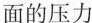
面的压力